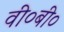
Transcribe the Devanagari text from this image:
वी०बी०